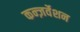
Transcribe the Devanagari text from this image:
कन्ज़र्वेशन